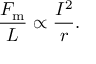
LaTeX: { \frac { F _ { \mathrm { m } } } { L } } \propto { \frac { I ^ { 2 } } { r } } .